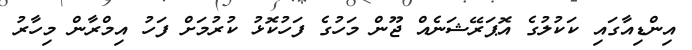
އިންޑިއާގައި ކަކުލުގެ އޮޕަރޭޝަނެއް ޖޫން މަހުގެ ފަހުކޮޅު ކުރުމަށް ފަހު އިމްރާން މިހާރު